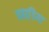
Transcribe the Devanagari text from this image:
पहाडि़या